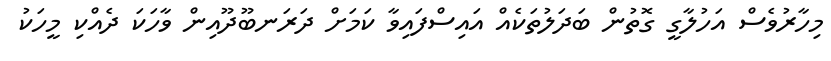
މިހާރުވެސް އަހުލާގީ ގޮތުން ބަދަލުތަކެއް އައިސްފައިވާ ކަމަށް ދަރަނބޫދޫއިން ވާހަކަ ދެއްކި މީހަކު